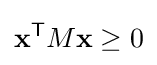
\mathbf {x} ^{\mathsf {T}}M\mathbf {x} \geq 0